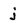
Character: j